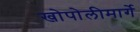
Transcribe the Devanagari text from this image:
खोपोलीमार्गे